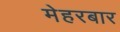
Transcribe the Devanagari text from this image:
मेहरबार